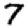
Digit: 7